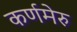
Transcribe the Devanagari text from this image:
कर्णमेरु